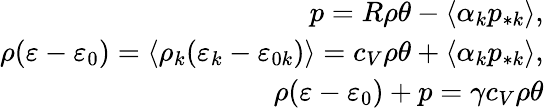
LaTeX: \begin{array}{r}{p=R\rho\theta-\langle\alpha_{k}p_{*k}\rangle,}\\ {\rho(\varepsilon-\varepsilon_{0})=\langle\rho_{k}(\varepsilon_{k}-\varepsilon_{0k})\rangle=c_{V}\rho\theta+\langle\alpha_{k}p_{*k}\rangle,}\\ {\rho(\varepsilon-\varepsilon_{0})+p=\gamma c_{V}\rho\theta}\end{array}